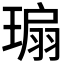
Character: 𬎁